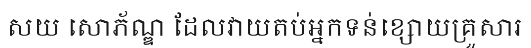
សយ សោភ័ណ្ឌ ដែលវាយតប់អ្នកទន់ខ្សោយគ្រួសារ